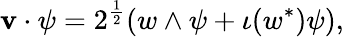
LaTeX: \mathbf{v}\cdot\psi=2^{\frac{{1}}{{2}}}(w\wedge\psi+\iota(w^{*})\psi),